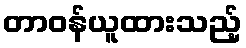
တာဝန်ယူထားသည့်